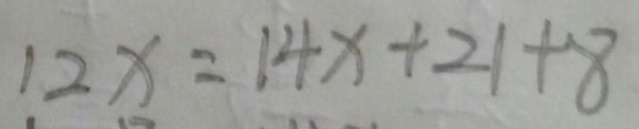
1 2 x = 1 4 x + 2 1 + 8